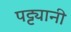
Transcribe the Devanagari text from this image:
पट्ट्यानी